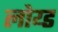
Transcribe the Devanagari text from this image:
लोय्ड